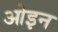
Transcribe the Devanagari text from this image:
ओइन